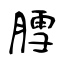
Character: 膤